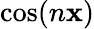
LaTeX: \cos(n\mathbf{x})